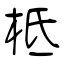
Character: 柢